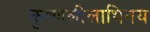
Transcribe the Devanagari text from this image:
कृष्णलीलाभिनय